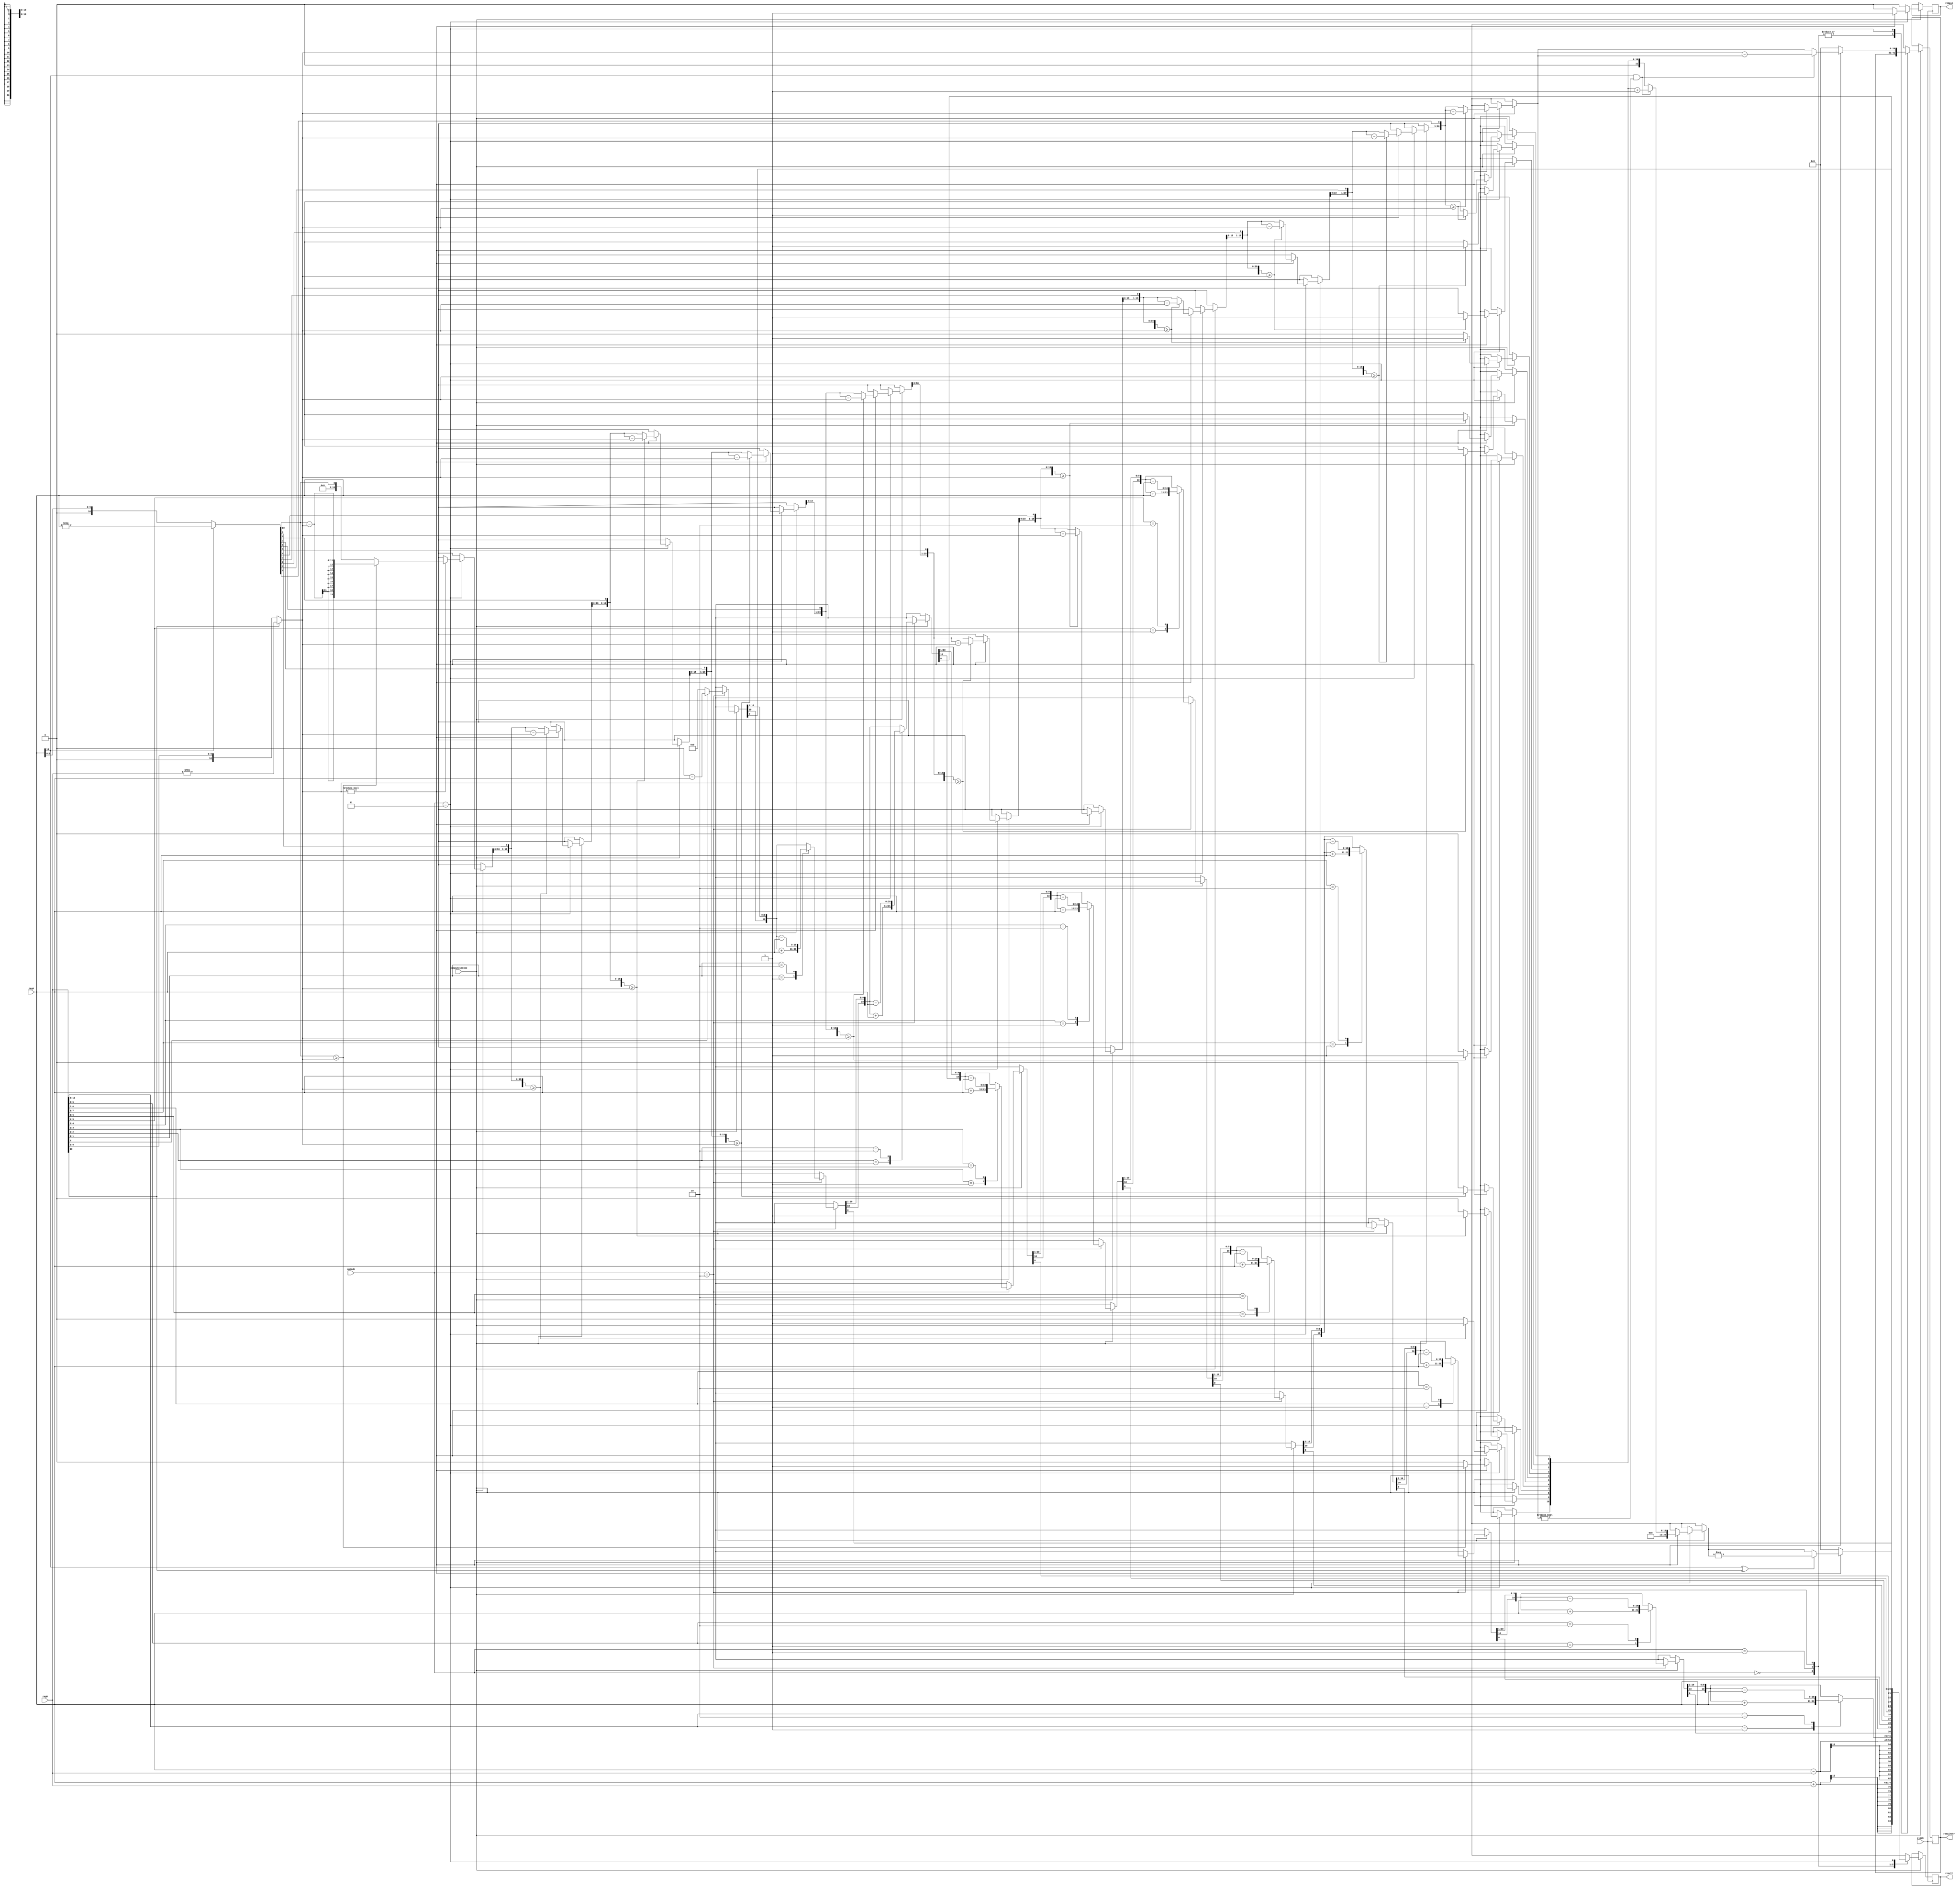
`define add 2'b00
`define subtract 2'b01
`define multiply 2'b10 
`define divide 2'b11 

//asd

module alu (input signed [10:0] regA, regB, //11-bit reg for signed int +999 to -999
				input [1:0] opcode,
				input clock, computestrobe,
				output reg signed[20:0] result, //21-bit reg for signed int +999*999 to -999*999
				output reg remain, //Whether there's a remainder
				output reg [20:0] remainder // Where values are 1, the mux should display that as remainder?
				);

	reg [10:0] N, D;
	reg signed [22:0] P;
	integer i;
	
	always @(posedge clock) begin
		if (computestrobe) begin 

			remain <= 1'b0;
			
			case(opcode)
			`add : begin 
				result = regA + regB;
			end
			`subtract : begin
				result = regA - regB;
			end
			
			`multiply : begin

				//Implementation of Booth's Algorithm for 11 bit numbers(from wikipedia desc)	
				//RegA: Multiplicand M
				//RegB: Mutliplier R
				//P: Product register that is operated on by the algorithm
				
				//Initialise P with zeros, multiplier and a zero bit
				P = {{11{1'b0}}, regB, 1'b0};
				
				//Perform algorithm n bit times
				for (i = 11; i > 0; i = i-1) begin

					//Update P
					case (P [1:0]) 
						2'b01 : P[22:12] = P[22:12] + regA;
						2'b10 : P[22:12] = P[22:12] - regA;
						default: begin end
					endcase
										
					//Shift AQq right (with sign extension)
					P = {P[22], P[22:1]};
					
				end
				
				//Trim zero and leading bit off
				result = P [21:1];
				
			end
				
			`divide : begin
			  //NOTE: The way we're asked to implement it is ass
			  //Why would the quotient be different whenyou flip the sign of one???
			  //Remainder should be the same sign as the numerator
			  //But I guess we'll fo the dum offset???
			  
				//Implementation of long division algorithm
				/*
				Numerator 	N : regA
				Divisor 		D : regB
				Quotient 	Q : result
				Remainder 	R : remainder
				*/
			

				result = 21'd0;
				remainder = 21'd0;
				
				//Convert N and D to magnitude only
				N = (regA[10] == 1)? -regA: regA;
				D = (regB[10] == 1)? -regB: regB;
				
				
				if(D != 11'd0) begin //div/0 check all outputs zero when div/0
					for (i = 10; i >= 0; i = i-1) begin
						remainder = remainder << 1;
						remainder[0] = N[i];
						
						if (remainder >= D) begin
							remainder = remainder - D;
							result[i] = 1'b1;
						end
					end
					
					
					if(regA[10] == 1'b1 && remainder != 21'd0) begin //handle the STUPID case
						remainder = D - remainder;
						result = result + 1'b1;
					end
					
					//Convert results back to two's complement
					result = ((regA[10] == 1)^(regB[10] == 1))? -result:result;
					//stupid case: remainder is positive
					//remainder = ((regA[10] == 1)^(regB[10] == 1))? -remainder : remainder;
					remain <= 1'b1;
				end
				
				
				
			end
				
			default : begin	end
			
			
			endcase
		end
	end


endmodule